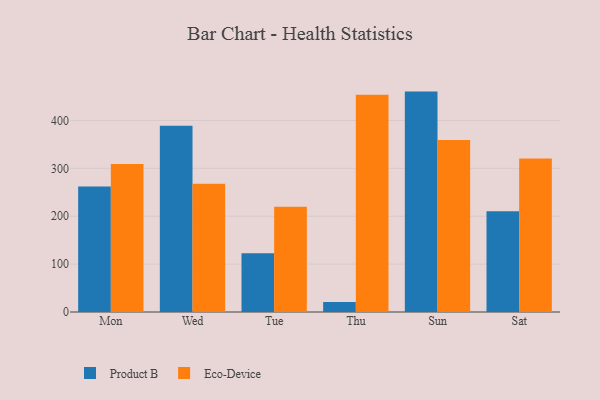
{"axis": {"x": "Day", "y": "Revenue (USD Million)"}, "legend": ["Eco-Device", "Product B"], "data": [{"x": "Mon", "y": 262.3, "type": "Product B"}, {"x": "Mon", "y": 309.3, "type": "Eco-Device"}, {"x": "Wed", "y": 389.2, "type": "Product B"}, {"x": "Wed", "y": 267.7, "type": "Eco-Device"}, {"x": "Tue", "y": 122.5, "type": "Product B"}, {"x": "Tue", "y": 219.9, "type": "Eco-Device"}, {"x": "Thu", "y": 21.0, "type": "Product B"}, {"x": "Thu", "y": 453.7, "type": "Eco-Device"}, {"x": "Sun", "y": 460.3, "type": "Product B"}, {"x": "Sun", "y": 359.2, "type": "Eco-Device"}, {"x": "Sat", "y": 210.6, "type": "Product B"}, {"x": "Sat", "y": 320.4, "type": "Eco-Device"}]}